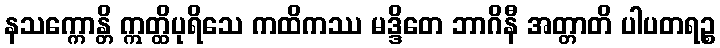
နသက္ကောန္တိ ဣတ္ထိပုရိသေ ကထိကဿ မဒ္ဒိတေ ဘာဂိနီ အတ္တာတိ ပါပတရဉ္စ